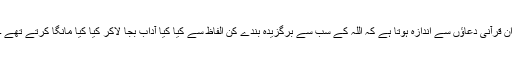
ان قرآنی دعاؤں سے اندازہ ہوتا ہے کہ اللہ کے سب سے برگزیدہ بندے کن الفاظ سے کیا کیا آداب بجا لاکر کیا کیا مانگا کرتے تھے ۔